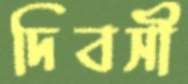
দিবসী